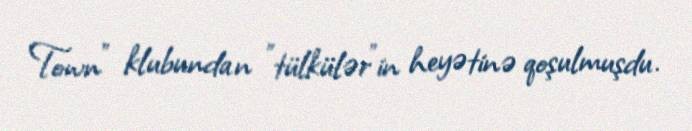
Town" klubundan "tülkülər"in heyətinə qoşulmuşdu.